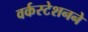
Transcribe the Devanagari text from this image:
वर्कस्टेशनने